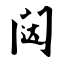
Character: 闼